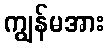
ကျွန်မအား